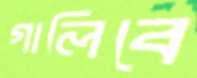
গালিবে